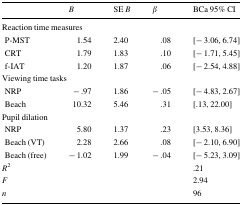
|  | B | SE B | β | BCa 95% CI |
 | --- | --- | --- | --- | --- |
 | <COLSPAN=5> Reaction time measures |
 | P-MST | 1.54 | 2.40 | .08 | [− 3.06, 6.74] |
 | CRT | 1.79 | 1.83 | .10 | [− 1.71, 5.45] |
 | f-IAT | 1.20 | 1.87 | .06 | [− 2.54, 4.88] |
 | <COLSPAN=5> Viewing time tasks |
 | NRP | − .97 | 1.86 | − .05 | [− 4.83, 2.67] |
 | Beach | 10.32 | 5.46 | .31 | [.13, 22.00] |
 | <COLSPAN=5> Pupil dilation |
 | NRP | 5.80 | 1.37 | .23 | [3.53, 8.36] |
 | Beach (VT) | 2.28 | 2.66 | .08 | [− 2.10, 6.90] |
 | Beach (free) | − 1.02 | 1.99 | − .04 | [− 5.23, 3.09] |
 | R2 |  |  |  | .21 |
 | F |  |  |  | 2.94 |
 | n |  |  |  | 96 |